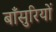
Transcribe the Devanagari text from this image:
बाँसुरियों